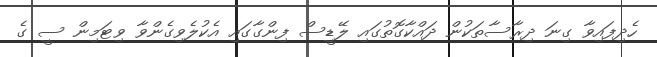
ހެދިފައިވާ ގިނަ ދިރާސާތަކުން ދައްކާގޮތުގައި ލޭޑީސް ފިންގާގައި އެކުލެވިގެންވާ ވިޓަމިން ސީ ގެ